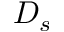
D _ { s }